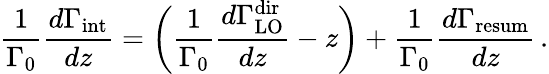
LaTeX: \frac{1}{\Gamma_{0}}\frac{d\Gamma_{\mathrm{int}}}{dz}=\bigg(\frac{1}{\Gamma_{0}}\frac{d\Gamma_{\mathrm{LO}}^{\mathrm{dir}}}{dz}-z\bigg)+\frac{1}{\Gamma_{0}}\frac{d\Gamma_{\mathrm{resum}}}{dz}\, .